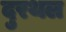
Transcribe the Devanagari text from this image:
दुरथल